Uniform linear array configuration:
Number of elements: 16
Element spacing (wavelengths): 0.75
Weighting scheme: binomial
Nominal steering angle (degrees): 45
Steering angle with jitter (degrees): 46.331
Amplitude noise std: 0.05
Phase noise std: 0.05

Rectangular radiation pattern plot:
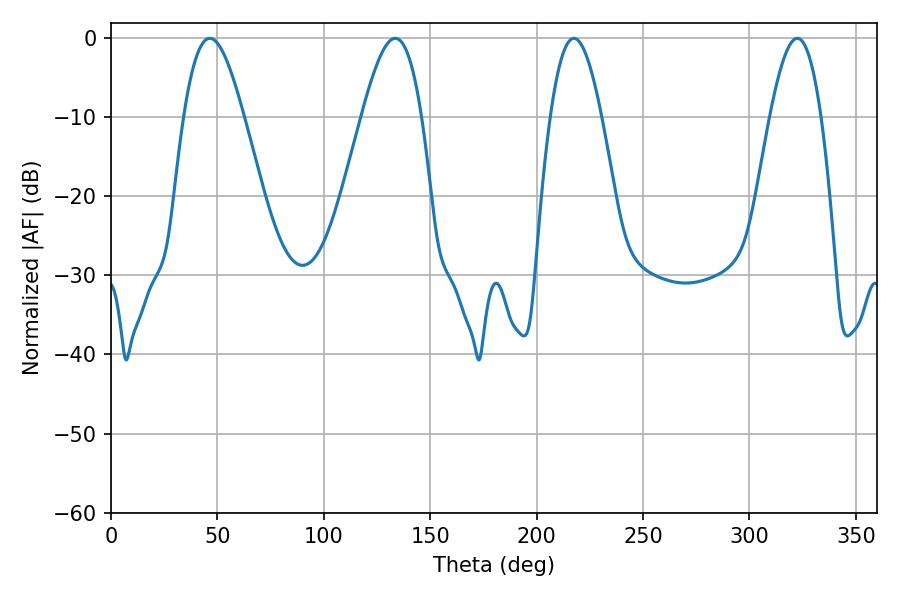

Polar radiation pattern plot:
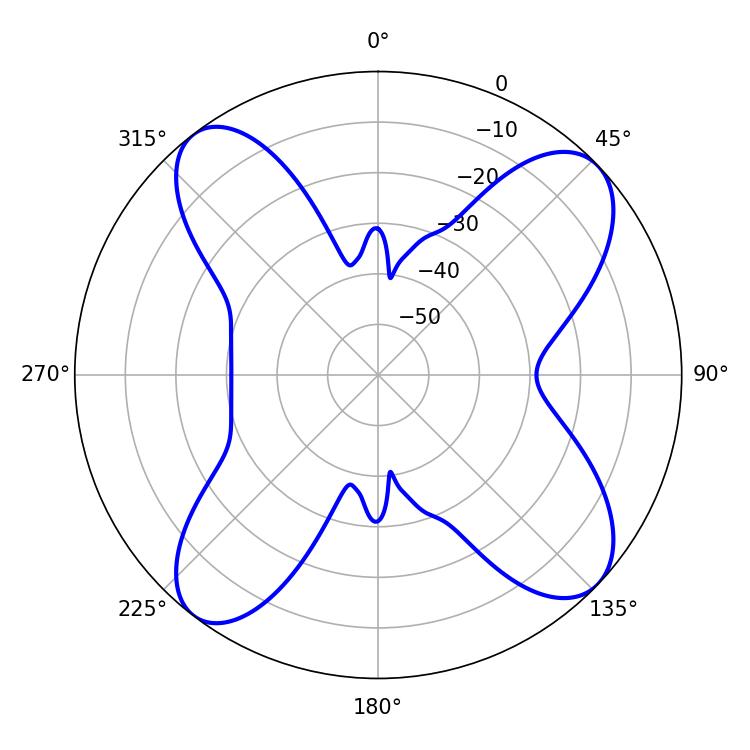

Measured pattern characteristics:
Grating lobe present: TRUE
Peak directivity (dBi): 12.166
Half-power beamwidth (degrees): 15.12
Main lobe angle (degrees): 46.44